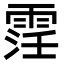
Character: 䨙